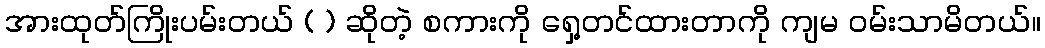
အားထုတ်ကြိုးပမ်းတယ် ( ) ဆိုတဲ့ စကားကို ရှေ့တင်ထားတာကို ကျမ ဝမ်းသာမိတယ်။